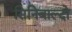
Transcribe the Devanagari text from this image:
सिनिबाल्दो